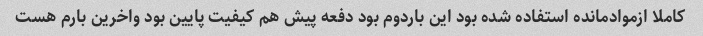
کاملا ازموادمانده استفاده شده بود این باردوم بود دفعه پیش هم کیفیت پایین بود واخرین بارم هست